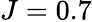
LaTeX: J=0.7